Manual of the Civil Veterinary Department, Central Provinces and Berar
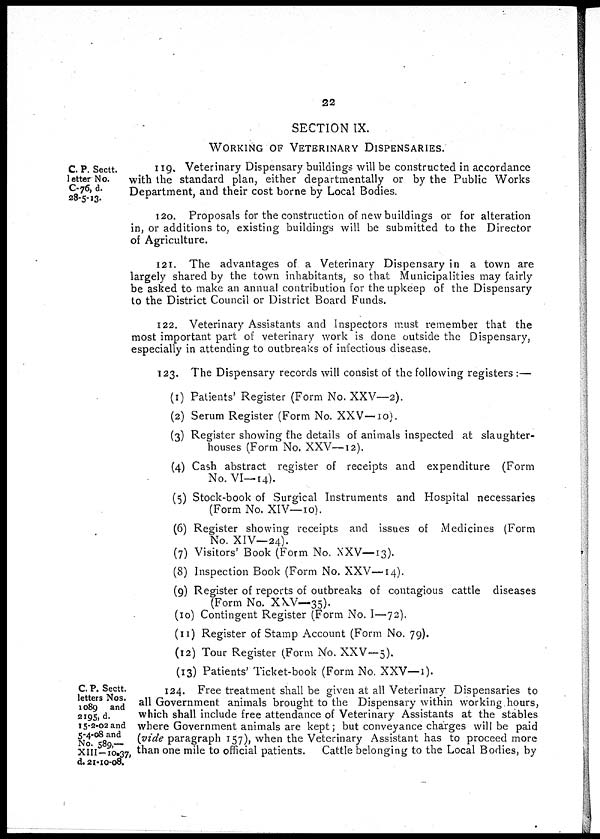
22
SECTION IX.
WORKING OF VETERINARY DISPENSARIES.
C. P. Sectt.
letter No.
C-76, d.
28-5-13.
119. Veterinary Dispensary buildings will be constructed in accordance
with the standard plan, either departmentally or by the Public Works
Department, and their cost borne by Local Bodies.
120. Proposals for the construction of new buildings or for alteration
in, or additions to, existing buildings will be submitted to the Director
of Agriculture.
121. The advantages of a Veterinary Dispensary in a town are
largely shared by the town inhabitants, so that Municipalities may fairly
be asked to make an annual contribution for the upkeep of the Dispensary
to the District Council or District Board Funds.
122. Veterinary Assistants and Inspectors must remember that the
most important part of veterinary work is done outside the Dispensary,
especially in attending to outbreaks of infectious disease.
123. The Dispensary records will consist of the following registers:—
(1) Patients' Register (Form No. XXV—2).
(2) Serum Register (Form No. XXV—10).
(3) Register showing the details of animals inspected at slaughter-
houses (Form No. XXV—12).
(4) Cash abstract register of receipts and expenditure (Form
No. VI—14).
(5) Stock-book of Surgical Instruments and Hospital necessaries
(Form No. XIV—10).
(6) Register showing receipts and issues of Medicines (Form
No. XIV—24).
(7) Visitors' Book (Form No. XXV—13).
(8) Inspection Book (Form No. XXV—14).
(9) Register of reports of outbreaks of contagious cattle diseases
(Form No. XXV—35).
(10) Contingent Register (Form No. 1—72).
(11) Register of Stamp Account (Form No. 79).
(12) Tour Register (Form No. XXV—5).
(13) Patients' Ticket-book (Form No. XXV—1).
C. P. Sectt.
letters Nos.
1089 and
2195, d.
15-2-02 and
5-4-08 and
No. 589,—
XIII -10-37,
d. 21-10-08.
124. Free treatment shall be given at all Veterinary Dispensaries to
all Government animals brought to the Dispensary within working hours,
which shall include free attendance of Veterinary Assistants at the stables
where Government animals are kept; but conveyance charges will be paid
(vide paragraph 157), when the Veterinary Assistant has to proceed more
than one mile to official patients. Cattle belonging to the Local Bodies, by